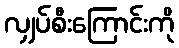
လျှပ်စီးကြောင်းကို